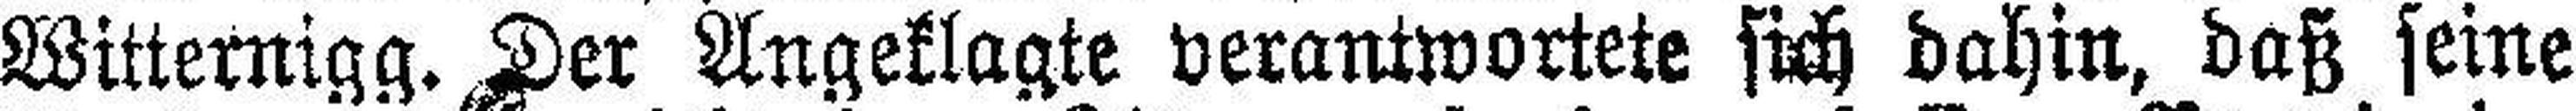
Witternigg. Der Angeklagte verantwortete sich dahin, daß seine